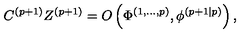
C ^ { ( p + 1 ) } Z ^ { ( p + 1 ) } = O \left( \Phi ^ { \left( 1 , . . . , p \right) } , \phi ^ { \left( p + 1 | p \right) } \right) ,